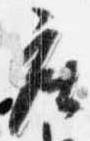
座